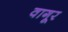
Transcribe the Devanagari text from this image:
वागूर